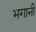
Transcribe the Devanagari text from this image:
भगानी